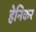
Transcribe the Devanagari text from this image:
हेनिकर